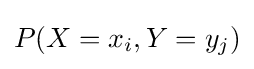
P(X=x_{i},Y=y_{j})